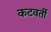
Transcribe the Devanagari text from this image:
कटवर्ती